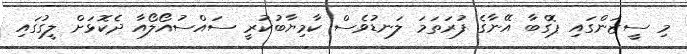
މި ސީޒަންގައި ޕޮގްބާ އޭނާގެ ފުރަތަމަ ލަނޑުވެސް ކާމިޔާބުކުރީ ސައްސުއޯލޯއާ ދެކޮޅަށް ލީގުގައި